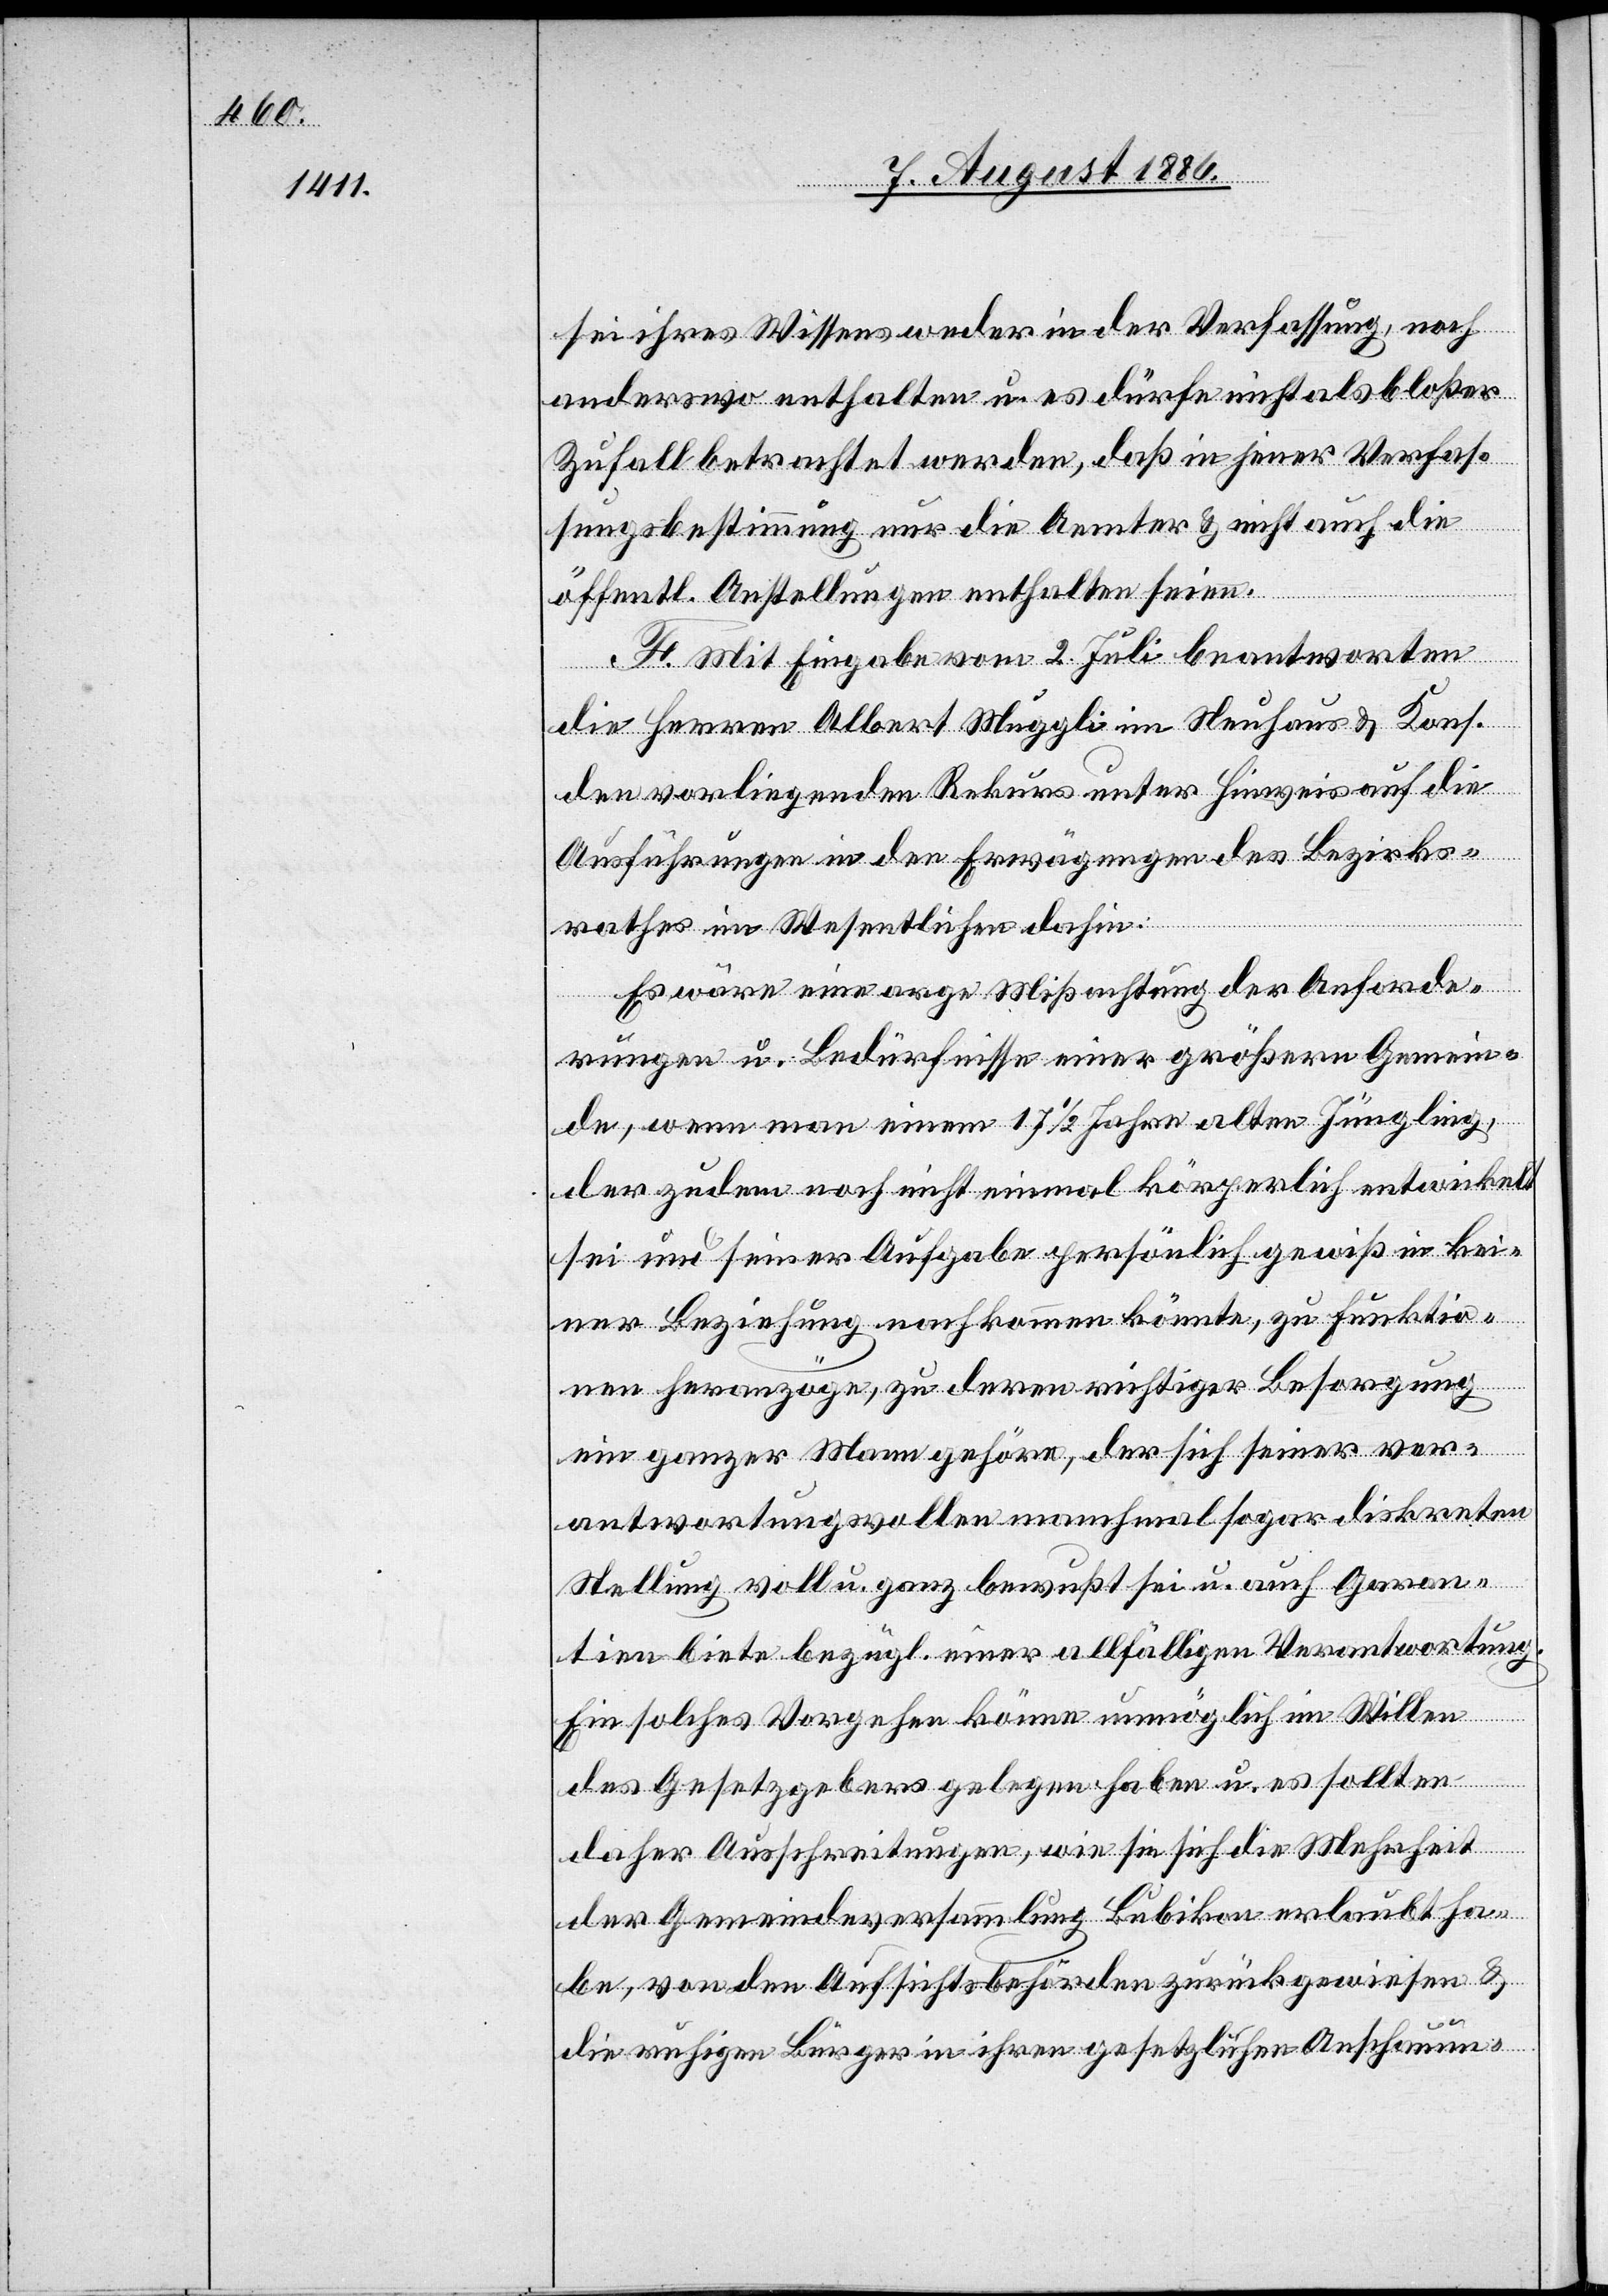
sei ihres Wissens weder in der Verfassung, noch
anderswo enthalten [sic!] u. es dürfe nicht als bloßer
Zufall betrachtet werden, daß in jener Verfas¬
sungsbestimmung nur die Aemter & nicht auch die
öffentl. Anstellungen enthalten seien.
F. Mit Eingabe vom 2. Juli beantworten
die Herren Albert Muggli im Neuhaus & Kons.
den vorliegenden Rekurs unter Hinweis auf die
Ausführungen in den Erwägungen des Bezirks¬
rathes im Wesentlichen dahin:
Es wäre eine arge Mißachtung der Anforde¬
rungen u. Bedürfnisse einer größern Gemein¬
de, wenn man einem 17 1/2Jahre alten Jüngling,
der zudem noch nicht einmal körperlich entwickelt
sei und seiner Aufgabe persönlich gewiß in kei¬
ner Beziehung nachkommen könnte, zu Funktio¬
nen heranzöge, zu deren richtiger Besorgung
ein ganzer Mann gehöre, der sich seiner ver¬
antwortungsvollen manchmal sogar diskreten
Stellung voll u. ganz bewußt sei u. auch Garan¬
tien biete bezügl. einer allfälligen Verantwortung.
Ein solches Vorgehen könne unmöglich im Willen
des Gesetzgebers gelegen haben u. es sollten
daher Ausschreitungen, wie sie sich die Mehrheit
der Gemeindeversammlung Bubikon erlaubt ha¬
be, von den Aufsichtsbehörden zurückgewiesen &
die ruhigen Bürger in ihren gesetzlichen Anschauun-